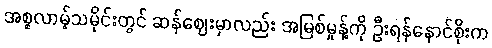
အစ္စလာမ့်သမိုင်းတွင် ဆန်ဈေးမှာလည်း အမြစ်မှုန့်ကို ဦးရန်နောင်စိုးက